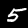
Label: 5